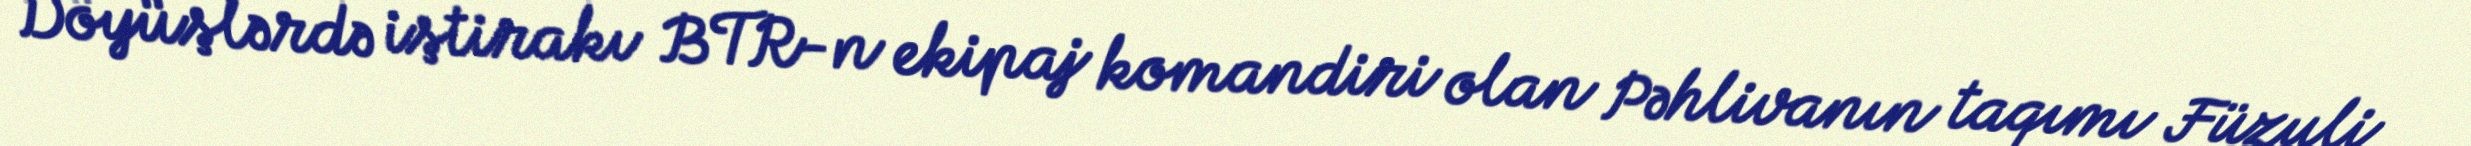
Döyüşlərdə iştirakı BTR-n ekipaj komandiri olan Pəhlivanın taqımı Füzuli